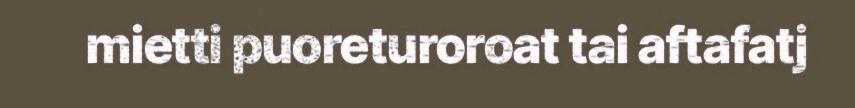
mietti puoreturoroat tai aftafatj